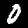
Digit: 0